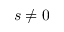
s \neq 0